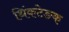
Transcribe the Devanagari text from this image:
थिंकटेङक